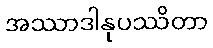
အဿာဒါနုပဿိတာ